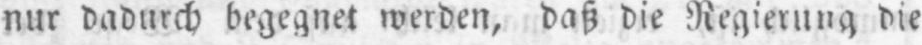
nur dadurch begegnet werden, daß die Regierung die